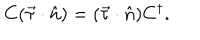
C ( \vec { \tau } \cdot \hat { n } ) = ( \vec { \tau } \cdot \hat { n } ) C ^ { \dagger } .